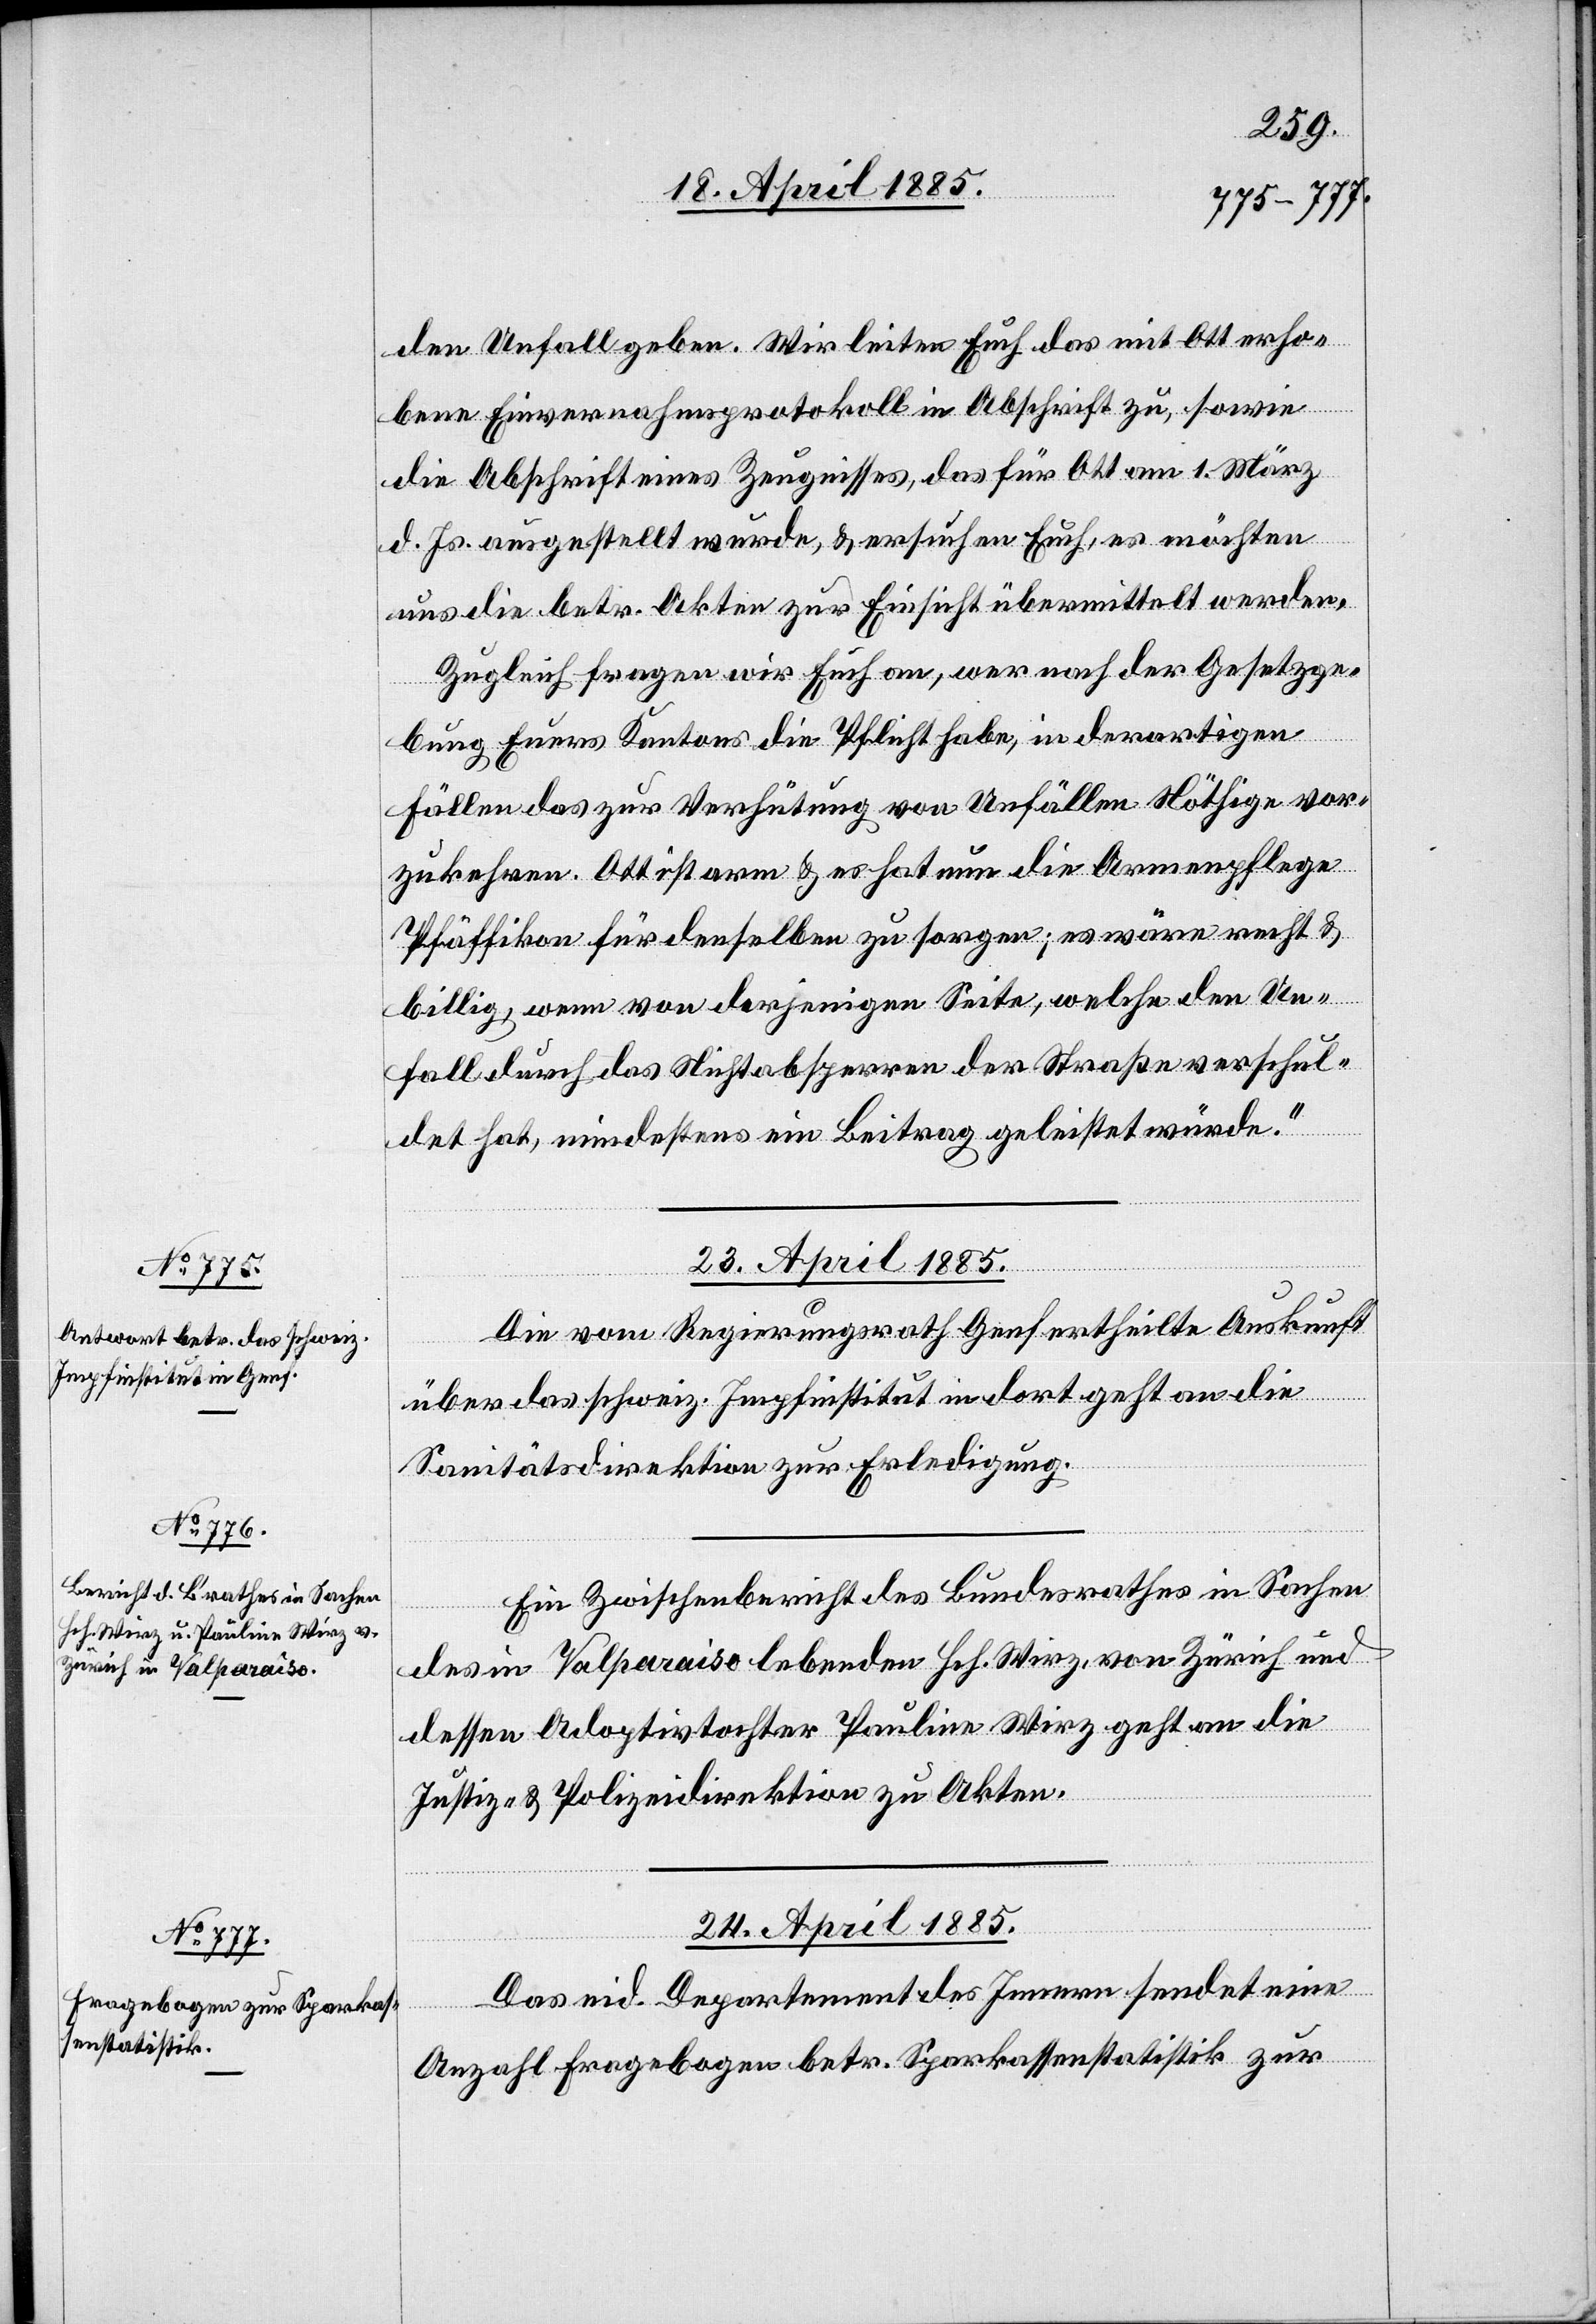
den Unfall geben. Wir leiten Euch das mit Ott erho¬
bene Einvernahmsprotokoll in Abschrift zu, sowie
die Abschrift eines Zeugnisses, das für Ott am 1. März
d. Js. ausgestellt wurde, & ersuchen Euch, es möchten
uns die betr. Akten zur Einsicht übermittelt werden.
Zugleich fragen wir Euch an, wer nach der Gesetzge¬
bung Eueres Kantons die Pflicht habe, in derartigen
Fällen das zur Verhütung von Unfällen Nöthige vor¬
zukehren. Ott ist arm & es hat nun die Armenpflege
Pfäffikon für denselben zu sorgen; es wäre recht &
billig, wenn von derjenigen Seite, welche den Un¬
fall durch das Nichtabsperren der Straße verschul¬
det hat, mindestens ein Beitrag geleistet würde.“
23. April 1885.]
Die vom Regierungsrath Genf ertheilte Auskunft
über das schweiz. Impfinstitut in dort geht an die
Sanitätsdirektion zur Erledigung.
Ein Zwischenbericht des Bundesrathes in Sachen
des in Valparaiso lebenden Hch. Wirz, von Zürich und
dessen Adoptivtochter Pauline Wirz geht an die
24. April 1885.
Das eid. Departement des Innern sendet eine
Anzahl Fragebogen betr. Sparkassenstatistik zur